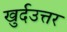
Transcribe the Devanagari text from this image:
खुर्दउत्तर